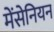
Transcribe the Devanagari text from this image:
मेंसेनियन